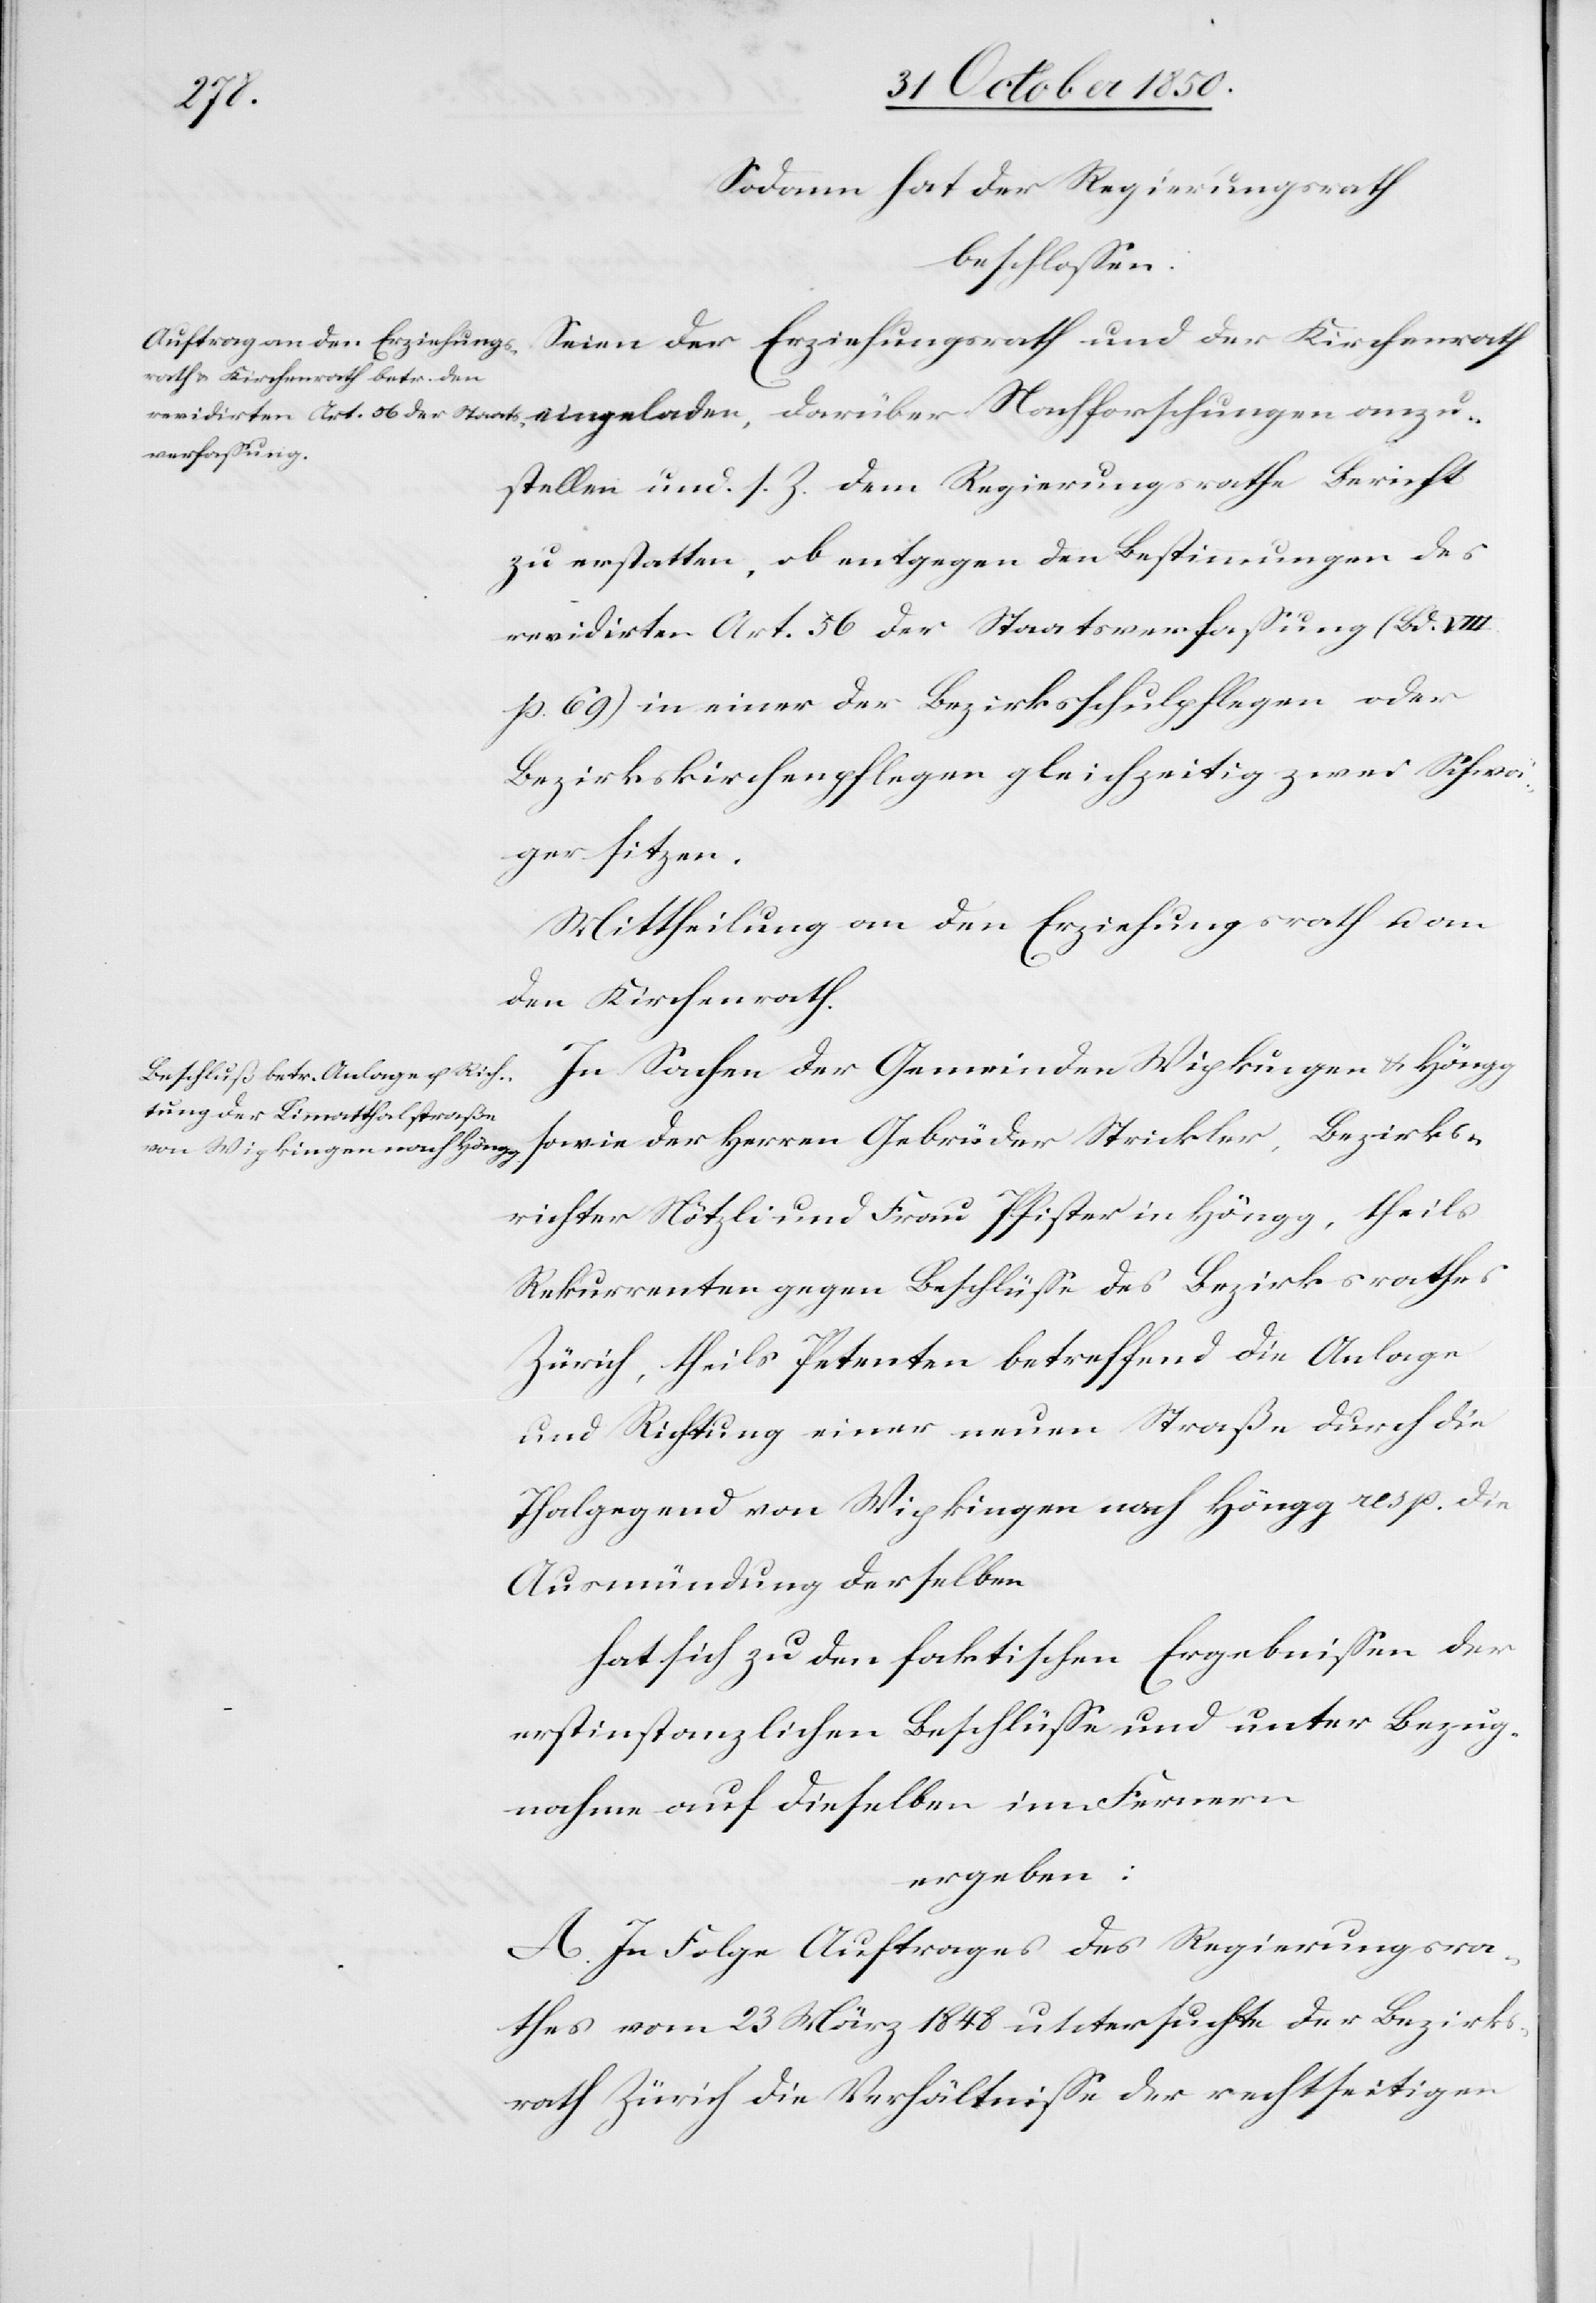
anzu¬
Sodann hat der Regierungsrath
beschlossen:
Seien der Erziehungsrath und der Kirchenrath
stellen und. s. Z. dem Regierungsrathe Bericht
zu erstatten, ob entgegen den Bestimmungen des
revidirten Art. 56 der Staatsverfassung (Bd. VIII.
p. 69) in einer der Bezirksschulpflegen oder
Bezirkskirchenpflegen gleichzeitig zwei Schwä¬
ger sitzen.
Mittheilung an den Erziehungsrath u. an
den Kirchenrath.
In Sachen der Gemeinden Wipkingen & Höngg
sowie der Herren Gebrüder Strickler, Bezirks¬
richter Nötzli und Frau Pfister in Höngg, theils
Rekurrenten gegen Beschlüsse des Bezirksrathes
Zürich, theils Petenten betreffend die Anlage
und Richtung einer neuen Straße durch die
Thalgegend von Wipkingen nach Höngg resp. die
Ausmündung derselben
hat sich zu den faktischen Ergebnissen der
erstinstanzlichen Beschlüsse und unter Bezug¬
nahme auf dieselben im Fernern
ergeben:
A. In Folge Auftrages des Regierungsra¬
thes vom 23 März 1848 untersuchte der Bezirks¬
rath Zürich die Verhältnisse der rechtseitigen